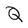
Character: Q